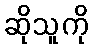
ဆိုသူကို